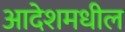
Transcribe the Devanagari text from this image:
आदेशमधील